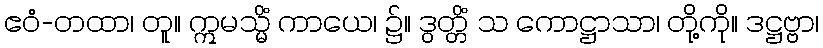
ဧဝံ-တထာ၊ တူ။ ဣမသ္မိံ ကာယေ၊ ၌။ ဒွတ္တိံ သ ကောဋ္ဌာသာ၊ တို့ကို။ ဒဋ္ဌဗ္ဗာ၊